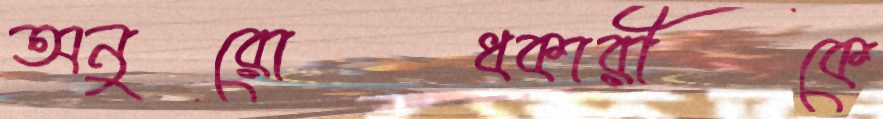
অনুরোধকারীকে